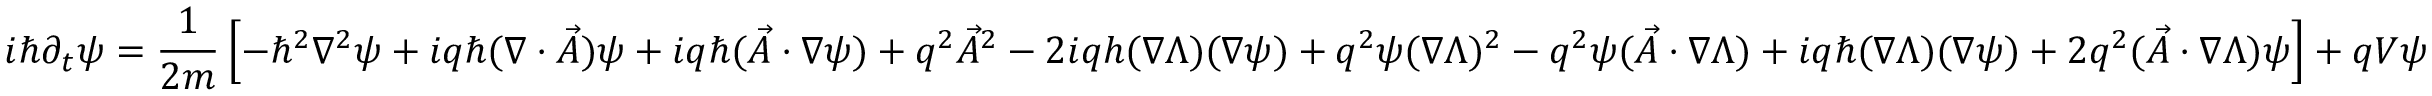
i \hbar \partial _ { t } \psi = \frac { 1 } { 2 m } \left[ - \hbar ^ { 2 } \nabla ^ { 2 } \psi + i q \hbar ( \nabla \cdot \vec { A } ) \psi + i q \hbar ( \vec { A } \cdot \nabla \psi ) + q ^ { 2 } \vec { A } ^ { 2 } - 2 i q h ( \nabla \Lambda ) ( \nabla \psi ) + q ^ { 2 } \psi ( \nabla \Lambda ) ^ { 2 } - q ^ { 2 } \psi ( \vec { A } \cdot \nabla \Lambda ) + i q \hbar ( \nabla \Lambda ) ( \nabla \psi ) + 2 q ^ { 2 } ( \vec { A } \cdot \nabla \Lambda ) \psi \right] + q V \psi